Report on lock hospitals in British Burma
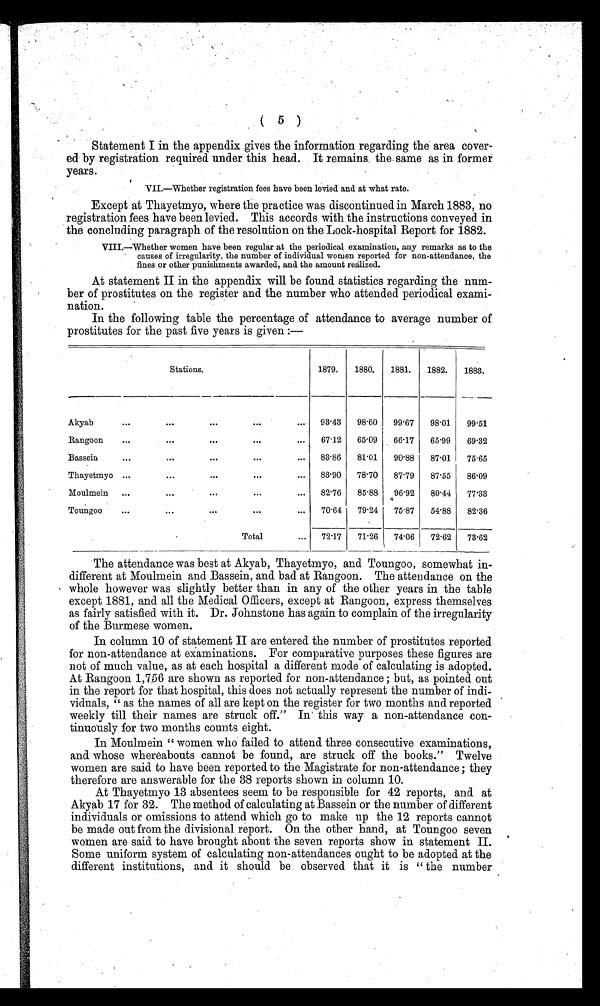
( 5 )
Statement I in the appendix gives the information regarding the area cover-
ed by registration required under this head. It remains the same as in former
years.
VII.—-Whether registration fees have been levied and at what rate.
Except at Thayetmyo, where the practice was discontinued in March 1883, no
registration fees have been levied. This accords with the instructions conveyed in
the concluding paragraph of the resolution on the Lock-hospital Report for 1882.
VIII.—Whether women have been regular at the periodical examination, any remarks as to the
causes of irregularity, the number of individual women reported for non-attendance, the
fines or other punishments awarded, and the amount realized.
At statement II in the appendix will be found statistics regarding the num-
ber of prostitutes on the register and the number who attended periodical exami-
nation.
In the following table the percentage of attendance to average number of
prostitutes for the past five years is given:—
Stations.
1879.
1880.
1881.
1882.
1883.
Akyab
...
. . .
. . .
. . .
...
93.43
98.60
99.67
98.01
99.51
Rangoon
...
. . .
...
...
67.12
65.09
66.17
65.99
69.32
Bassein
. . .
...
. . .
. . .
...
83.86
81.01
90.88
87.01
75.65
Thayetmyo ...
...
. . .
. . .
...
83.90
78.70
87.79
87.55
86.09
Moulmein
...
...
. . .
. . .
...
82.76
85.88
96.92
80.44
77.33
Toungoo
...
...
. . .
. . .
...
70.64
79.24
75.87
54.88
82.36
Total
...
72.17
71.26
74.06
72.62
73-62
The attendance was best at Akyab, Thayetmyo, and Toungoo, somewhat in-
different at Moulmein and Bassein, and bad at Rangoon. The attendance on the
whole however was slightly better than in any of the other years in the table
except 1881, and all the Medical Officers, except at Rangoon, express themselves
as fairly satisfied with it. Dr. Johnstone has again to complain of the irregularity
of the Burmese women.
In column 10 of statement II are entered the number of prostitutes reported
for non-attendance at examinations. For comparative purposes these figures are
not of much value, as at each hospital a different mode of calculating is adopted.
At Rangoon 1,756 are shown as reported for non-attendance ; but, as pointed out
in the report for that hospital, this does not actually represent the number of indi-
viduals, " as the names of all are kept on the register for two months and reported
weekly till their names are struck off." In this way a non-attendance con-
tinuously for two months counts eight.
In Moulmein " women who failed to attend three consecutive examinations,
and whose whereabouts cannot be found, are struck off the books." Twelve
women are said to have been reported to the Magistrate for non-attendance ; they
therefore are answerable for the 38 reports shown in column 10.
At Thayetmyo 13 absentees seem to be responsible for 42 reports, and at
Akyab 17 for 32. The method of calculating at Bassein or the number of different
individuals or omissions to attend which go to make up the 12 reports cannot
be made out from the divisional report. On the other hand, at Toungoo seven
women are said to have brought about the seven reports show in statement II.
Some uniform system of calculating non-attendances ought to be adopted at the
different institutions, and it should be observed that it is " the number